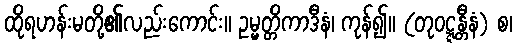
ထိုရဟန်းမတို့၏လည်းကောင်း။ ဥမ္မတ္တိကာဒီနံ၊ ကုန်၍။ (တုဝဋ္ဋန္တီနံ) စ၊